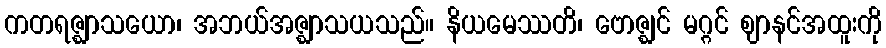
ကတရဇ္ဈာသယော၊ အဘယ်အဇ္ဈာသယသည်။ နိယမေဿတိ၊ ဗောဇ္ဈင် မဂ္ဂင် ဈာနင်အထူးကို